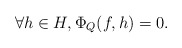
\begin{align*} \forall h\in H,\Phi_Q(f,h)=0.\end{align*}